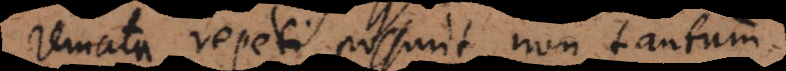
remata repeti possunt non tantum